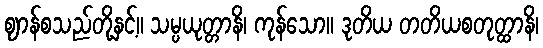
ဈာန်စသည်တို့နှင့်။ သမ္ပယုတ္တာနိ၊ ကုန်သော။ ဒုတိယ တတိယစတုတ္ထာနိ၊